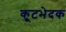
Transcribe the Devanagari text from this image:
कूटभेदक